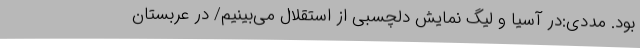
بود. مددی:در آسیا و لیگ نمایش دلچسبی از استقلال می‌بینیم/ در عربستان